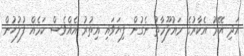
އަދި އޭރު އެކާރުގެ މައުލޫމާތު ނެގުން ފިޔަވައި އިތުރު އެއްވެސް ކަމެއް ފުލުހުން